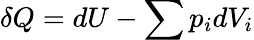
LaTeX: \delta Q=dU-\sum p_{i}dV_{i}